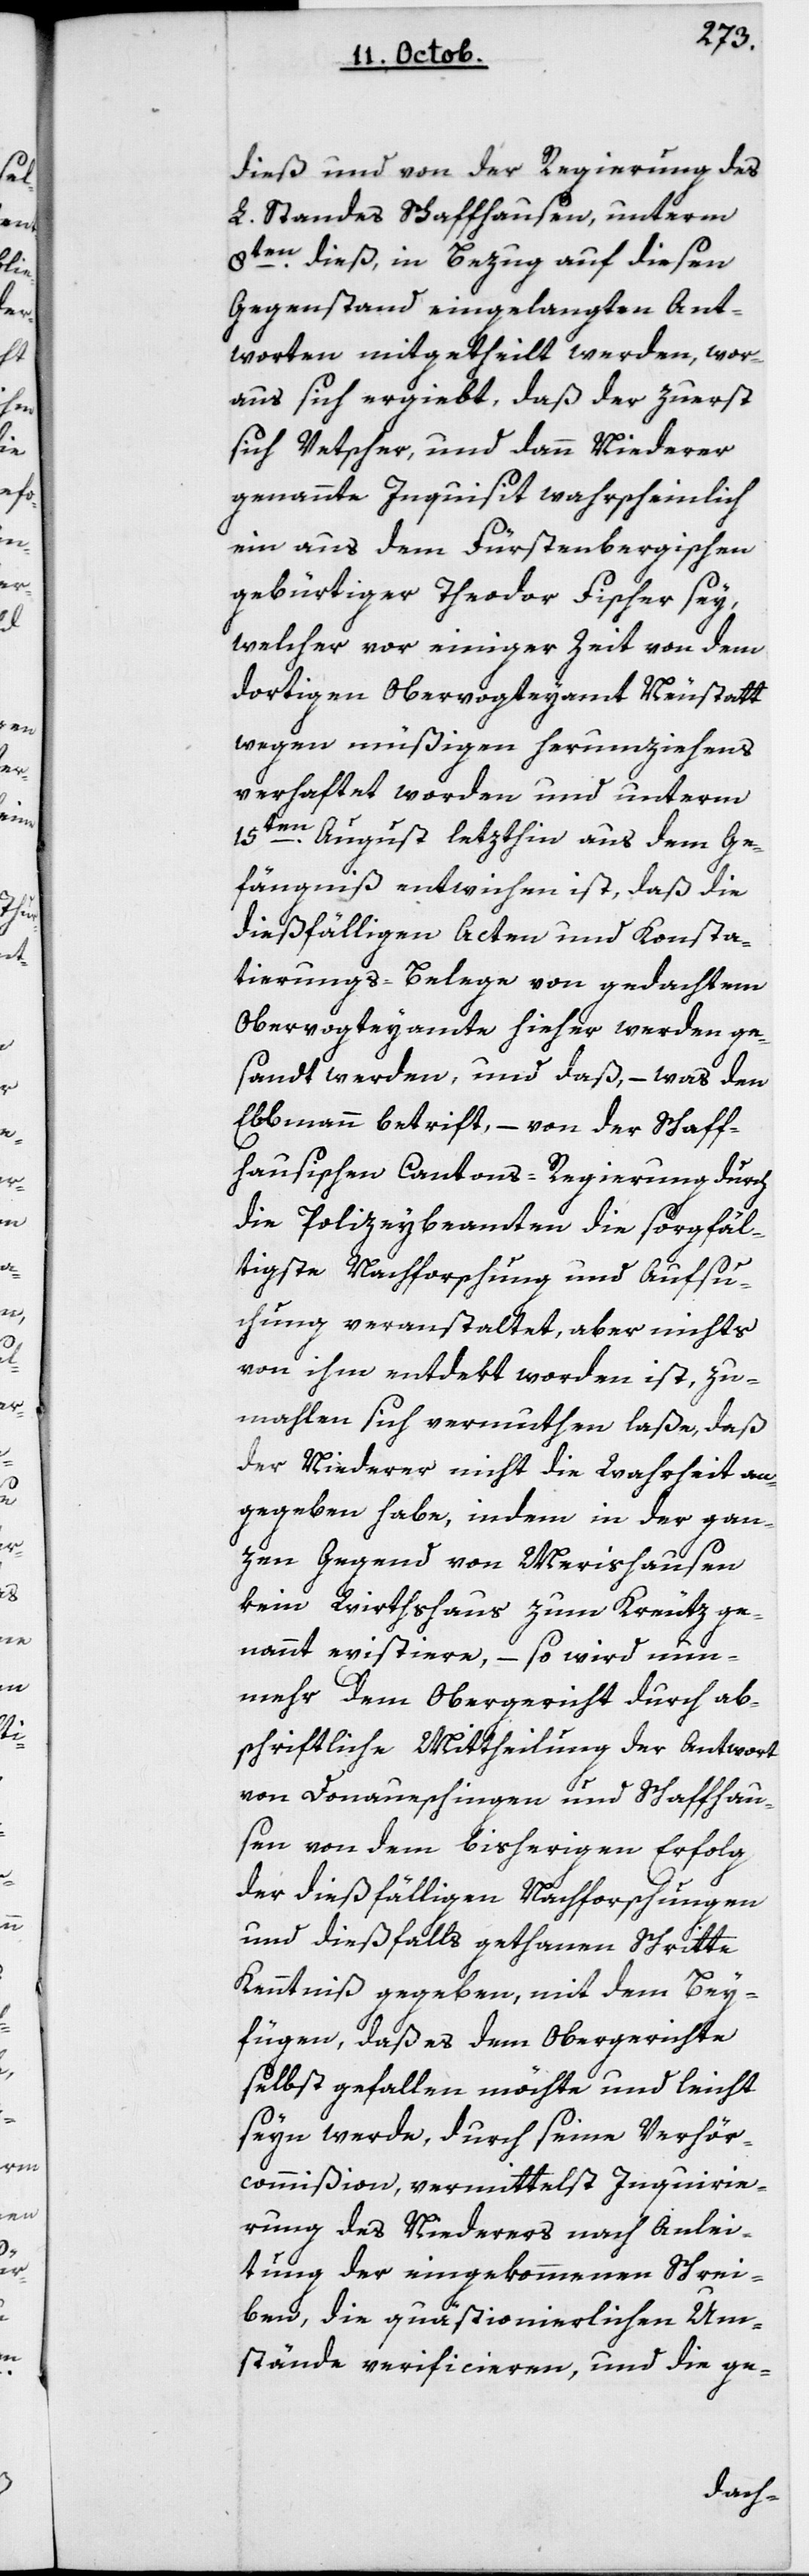
dieß und von der Regierung des
L. Standes Schaffhausen, unterm
8ten dieß, in Bezug auf diesen
Gegenstand eingelangten Ant¬
worten, mitgetheilt werden, wor¬
aus sich ergiebt, daß der zuerst
sich Vetscher und dann Niederer
genannte Inquisit wahrscheinlich
ein aus dem Fürstenbergischen
gebürtiger Theodor Fischer sey,
welcher vor einiger Zeit von dem
dortigen Obervogteyamt Neustatt
wegen müßigen Herumziehens
verhaftet worden, und unterm
15ten August letzthin aus dem Ge¬
fängnis entwichen ist, daß die
dießfälligen Acten und Konsta¬
tierungs-Belege von gedachtem
Obervogteyamte hieher werden ge¬
sandt werden, und daß, – was den
Ebbmann betrifft, – von der schaff¬
hausischen Cantons-Regierung durch
die Policeybeamten die sorgfäl¬
tigste Nachforschung und Aufsu¬
chung veranstaltet, aber nichts
von ihm entdekt worden ist, zu¬
mahlen sich vermuten laße, daß
der Niederer nicht die Wahrheit an¬
gegeben habe, indem in der gan¬
zen Gegend von Merishausen
kein Wirthshaus zum Kreuz ge¬
nannt existiere, – so wird nun¬
mehr dem Obergericht durch ab¬
schriftliche Mittheilung der Antwort
von Donaueschingen und Schaffhau¬
sen von dem bisherigen Erfolg
der dießfälligen Nachforschungen
und dießfalls gethanen Schritte
Kenntniß gegeben, mit dem Bey¬
fügen, daß es dem Obergerichte
selbst gefallen möchte und leicht
seyn werde, durch seine Verhör¬
commißion, vermittelst Inquirie¬
rung des Niederes nach Anlei¬
tung der eingekommenen Schrei¬
ben, die quästionierlichen Um¬
stände verificieren, und die ge-